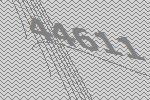
44611